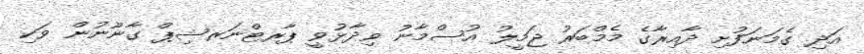
އަދި ގެމަނަފުށި ދާއިރާގެ މެމްބަރު ޖަމީލު އުސްމާނު ވިދާޅުވީ ޕާރޓްނަރޝިޕް ގާނޫނުން ވަކި